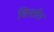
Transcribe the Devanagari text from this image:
विस्तॉत